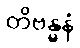
တိဗန္ဓနံ